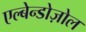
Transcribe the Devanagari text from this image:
एल्बेन्डोज़ोल